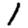
Digit: 1